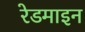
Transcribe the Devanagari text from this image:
रेडमाइन